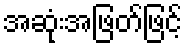
အဆုံးအဖြတ်ဖြင့်